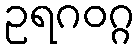
ဥရဂဝဂ္ဂ